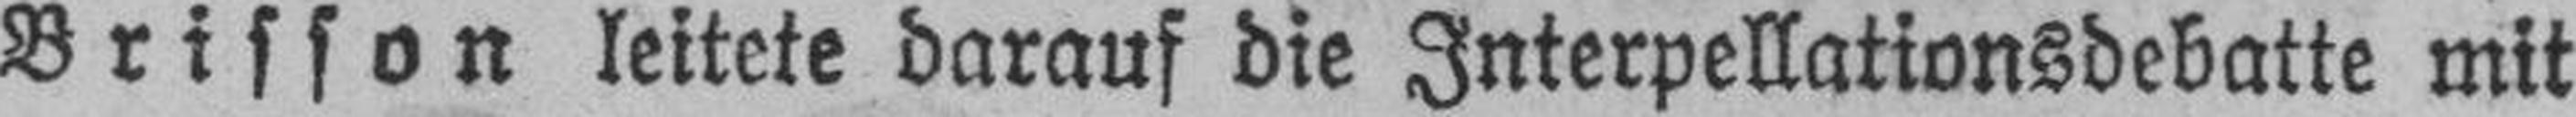
Brisson leitete darauf die Interpellationsdebatte mit